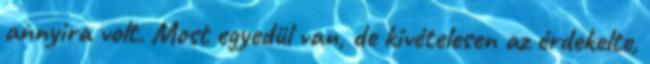
annyira volt. Most egyedül van, de kivételesen az érdekelte,